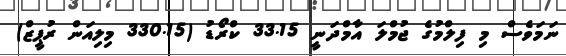
ނަމަވެސް މި ފިލްމުގެ ޖުމްލަ އާމްދަނީ 33.15 ކްރޯޑު (330.15 މިލިއަން ރުޕީޒް)